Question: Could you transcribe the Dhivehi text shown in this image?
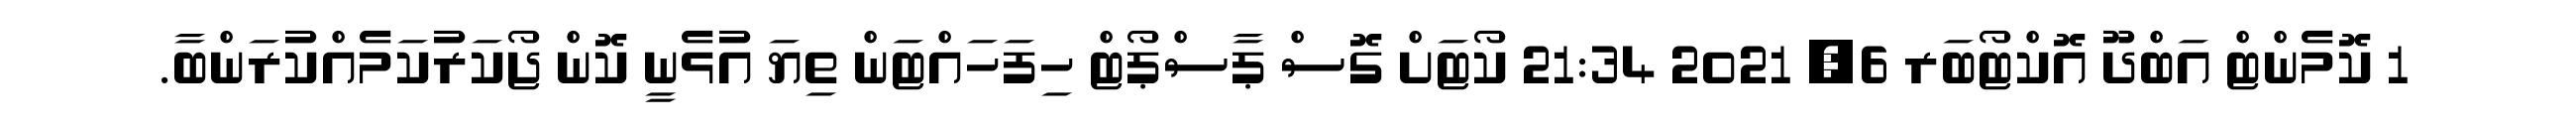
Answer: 1 ކޮމެންޓް އަބްދޫ އޮކްޓޯބަރ 6, 2021 21:34 ކޯޓަށް ގޮސް ޕާސްޕޯޓް ހިފަހައްޓަން ތިޔަ އުޅެނީ ކޮން ޖޯކަރުކަމެއްކުރަންބާ.